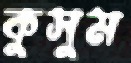
কুসুম